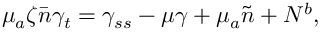
\mu _ { a } \zeta \bar { n } \gamma _ { t } = \gamma _ { s s } - \mu \gamma + \mu _ { a } \tilde { n } + N ^ { b } ,